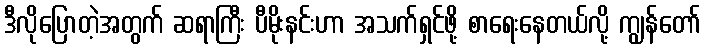
ဒီလိုပြောတဲ့အတွက် ဆရာကြီး ပီမိုးနင်းဟာ အသက်ရှင်ဖို့ စာရေးနေတယ်လို့ ကျွန်တော်